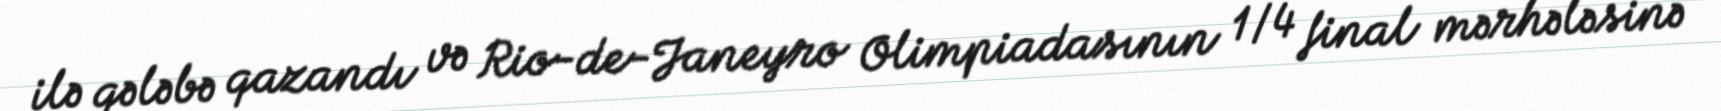
ilə qələbə qazandı və Rio-de-Janeyro Olimpiadasının 1/4 final mərhələsinə